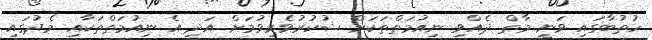
ހުތުބާގައި ވަނީ މާތް ދެއްވި ނިއުމަތްތަކަށް ޝުކުރުވެރިވުމަށް އަދި އެ ނިއުމަތްތަކާއި މެދުގައި